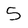
Character: 5